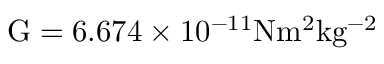
\mathrm { G } = 6 . 6 7 4 \times 1 0 ^ { - 1 1 } \mathrm { N m ^ { 2 } k g ^ { - 2 } }